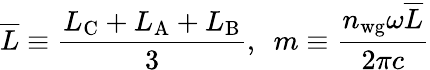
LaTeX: \overline{{L}}\equiv\frac{L_{\mathrm{C}}+L_{\mathrm{A}}+L_{\mathrm{B}}}{3},\ \ m\equiv\frac{n_{\mathrm{wg}}\omega\overline{{L}}}{2\pi c}